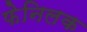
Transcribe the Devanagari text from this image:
फेनिलक